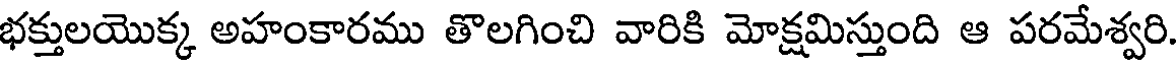
భక్తులయొక్క అహంకారము తొలగించి వారికి మోక్షమిస్తుంది ఆ పరమేశ్వరి